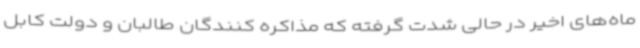
ماه‌های اخیر در حالی شدت گرفته که مذاکره کنندگان طالبان و دولت کابل